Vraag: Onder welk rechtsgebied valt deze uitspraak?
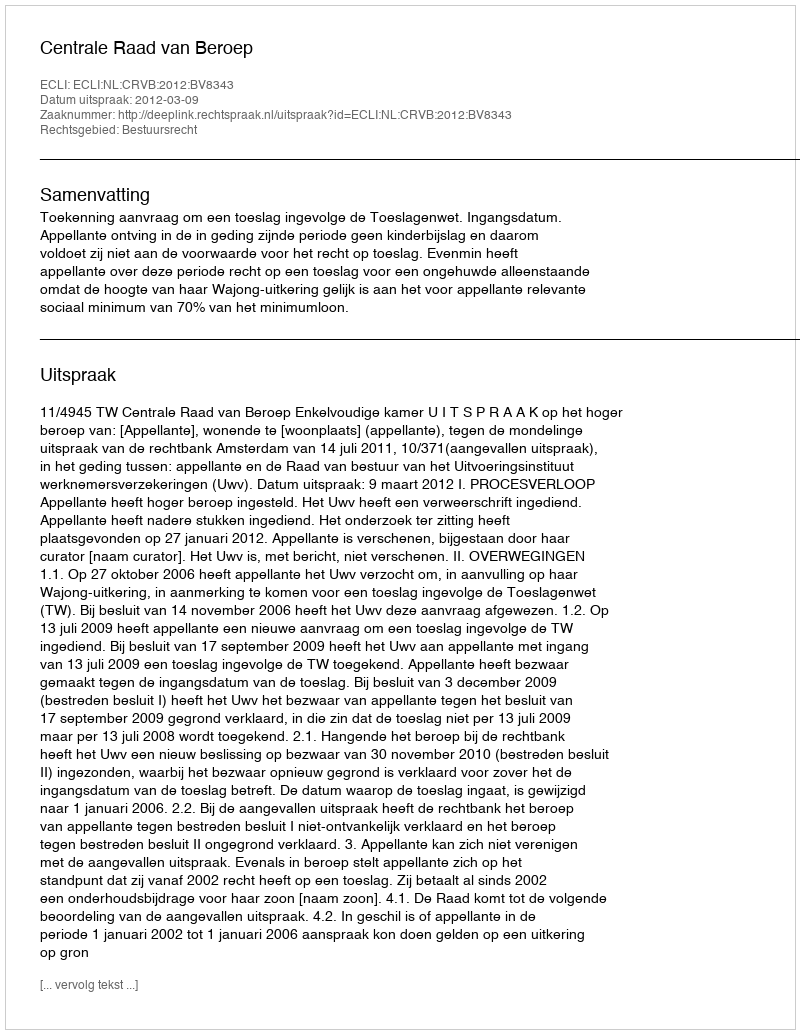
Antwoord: Bestuursrecht